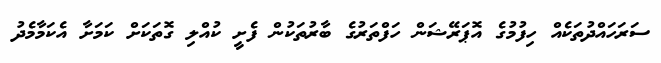
ސަރަހައްދުތަކެއް ހިފުމުގެ އޮޕަރޭޝަން ހަފްތަރުގެ ބާރުތަކުން ފެށީ ކުއްލި ގޮތަކަށް ކަމަށާ އެކަމާމެދު